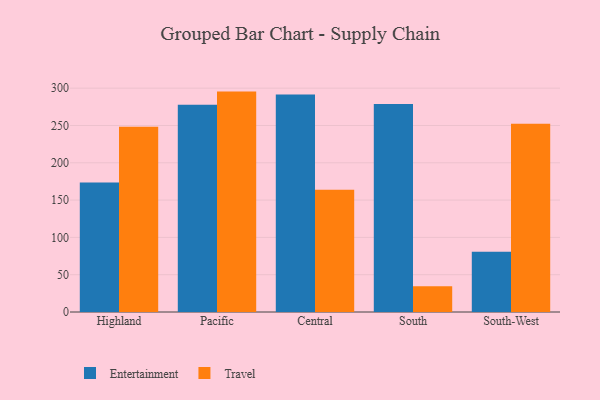
{"axis": {"x": "Region", "y": "Gross Profit (USD K)"}, "legend": ["Entertainment", "Travel"], "data": [{"x": "Highland", "y": 173.6, "type": "Entertainment"}, {"x": "Highland", "y": 248.4, "type": "Travel"}, {"x": "Pacific", "y": 277.7, "type": "Entertainment"}, {"x": "Pacific", "y": 295.4, "type": "Travel"}, {"x": "Central", "y": 291.6, "type": "Entertainment"}, {"x": "Central", "y": 164.0, "type": "Travel"}, {"x": "South", "y": 278.7, "type": "Entertainment"}, {"x": "South", "y": 34.4, "type": "Travel"}, {"x": "South-West", "y": 80.7, "type": "Entertainment"}, {"x": "South-West", "y": 252.3, "type": "Travel"}]}